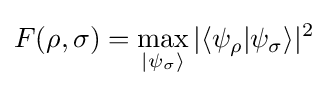
F(\rho ,\sigma )=\max _{|\psi _{\sigma }\rangle }|\langle \psi _{\rho }|\psi _{\sigma }\rangle |^{2}